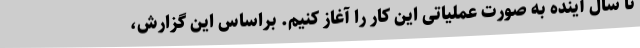
تا سال آینده به صورت عملیاتی این کار را آغاز کنیم. براساس این گزارش،